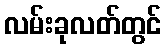
လမ်းခုလတ်တွင်